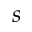
s